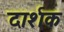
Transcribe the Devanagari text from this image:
दार्शक